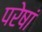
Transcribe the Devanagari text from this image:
परेषां